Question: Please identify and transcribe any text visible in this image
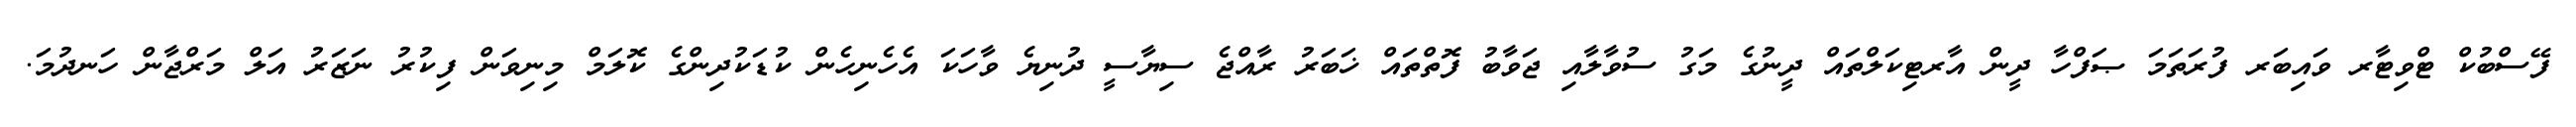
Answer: ފޭސްބުކް ޓްވިޓާރ ވައިބަރ ފުރަތަމަ ޞަފްހާ ދީން އާރޓިކަލްތައް ދީނުގެ މަގު ސުވާލާއި ޖަވާބު ފޮތްތައް ޚަބަރު ރާއްޖެ ސިޔާސީ ދުނިޔެ ވާހަކަ އެހެނިހެން ކުޑަކުދިންގެ ކޮލަމް މިނިވަން ފިކުރު ނަޒަރު އަލް މަރްޖާން ހަނދުމަ.